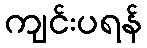
ကျင်းပရန်